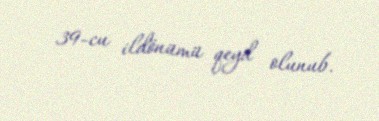
39-cu ildönümü qeyd olunub.